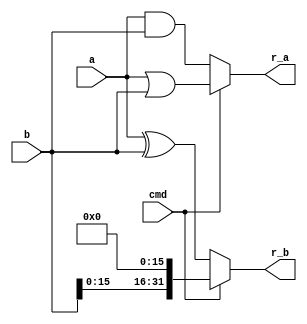
`timescale 1ns / 1ps
//////////////////////////////////////////////////////////////////////////////////
// Company: Xilinx
// 
// Design Name: ALU32
// Module Name: LOGIC32
// Project Name: MIPS_CPU
// Target Devices: 
// Tool Versions: 
// Description: 
// 
// Dependencies: 
// 
// Revision:
// Revision 0.01 - File Created
// Additional Comments:
// 
//////////////////////////////////////////////////////////////////////////////////


module LOGIC32(
	input[31:0] a,b,
	input cmd,
	output[31:0] r_a,r_b
    );

	//AND
	//OR
	assign r_a = cmd ? a|b : a&b;

	//XOR
	//LUI
	assign r_b = cmd ? b<<16 : a^b;

endmodule